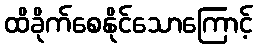
ထိခိုက်စေနိုင်သောကြောင့်